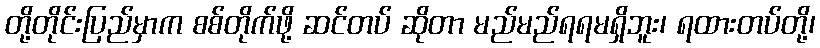
တို့တိုင်းပြည်မှာက စစ်တိုက်ဖို့ ဆင်တပ် ဆိုတာ မည်မည်ရရမရှိဘူး၊ ရထားတပ်တို့၊